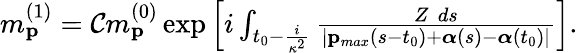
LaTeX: \begin{array}{r}{m_{\mathbf{p}}^{(1)}={\cal C}m_{\mathbf{p}}^{(0)}\exp\left[i\int_{t_{0}-\frac{i}{\kappa^{2}}}\frac{Z\, \, ds}{|\mathbf{p}_{max}(s-t_{0})+\boldsymbol{\alpha}(s)-\boldsymbol{\alpha}(t_{0})|}\right].}\end{array}